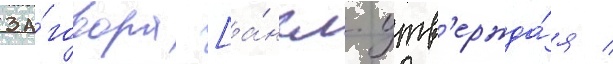
за́говора [а́нгл. утв'ержда́я /